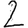
Digit: 2